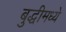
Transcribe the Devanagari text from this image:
बुद्धीमध्ये